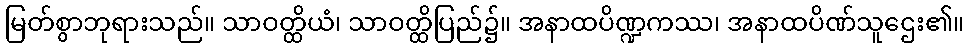
မြတ်စွာဘုရားသည်။ သာဝတ္ထိယံ၊ သာဝတ္ထိပြည်၌။ အနာထပိဏ္ဍကဿ၊ အနာထပိဏ်သူဌေး၏။